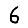
Digit: 6